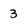
Character: 3